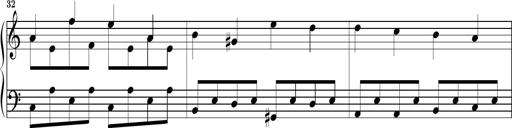
Title: Piano Sonatina No.1
Composer: Dimitri Sykias
Key: D minor